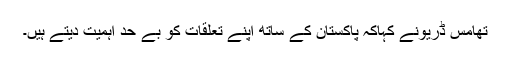
تھامس ڈریونے کہاکہ پاکستان کے ساتھ اپنے تعلقات کو بے حد اہمیت دیتے ہیں۔